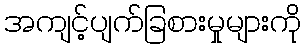
အကျင့်ပျက်ခြစားမှုများကို